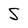
Character: S